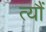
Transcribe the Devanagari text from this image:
त्यौं